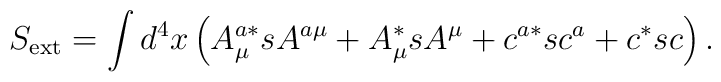
S_{\mathrm{ext}}=\int d^4x\left( A_\mu ^{a*}sA^{a\mu }+A_\mu ^{*}sA^\mu+c^{a*}sc^a+c^{*}sc\right) .